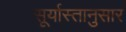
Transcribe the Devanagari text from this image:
सूर्यास्तानुसार